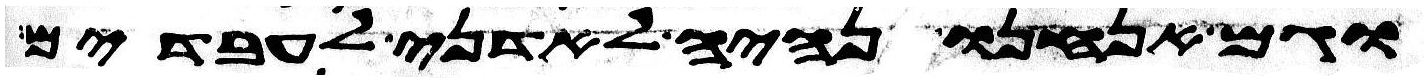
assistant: וגם אנחנו נהיה לאדני לעבדים